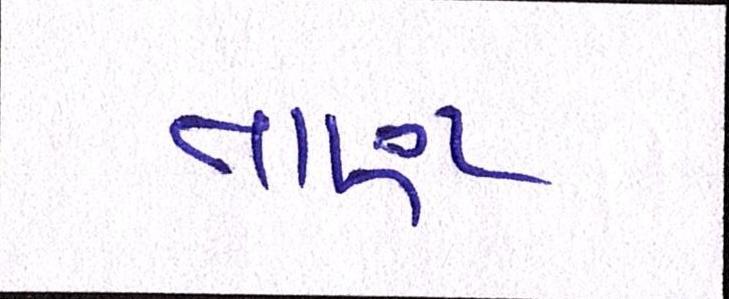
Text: તાણ